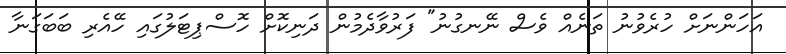
އަހަންނަށް ހުރެވުނު ތަނެއް ވެސް ނޭނގުނު" ފަރުވާދެމުން ދަނިކޮށް ހޮސްޕިޓަލުގައި ހޭއެރި ބަބަގަނާ